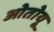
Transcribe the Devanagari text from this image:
ओतोयू